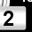
Digit: 2